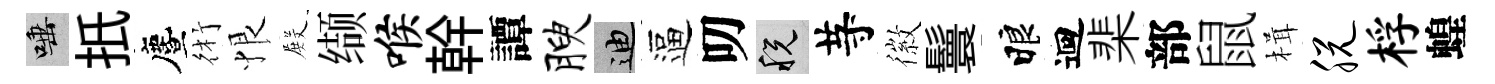
唾扺󵨌術恨𭮺缬喉幹譚腴迪逼叨税䒭徽鬟睱迴棐部鼠楫脱桴蝗